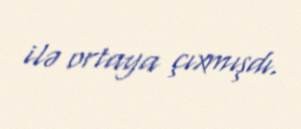
ilə ortaya çıxmışdı.